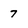
Character: 7